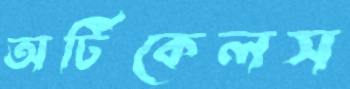
অর্টিকেলস